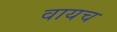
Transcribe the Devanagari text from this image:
वायच